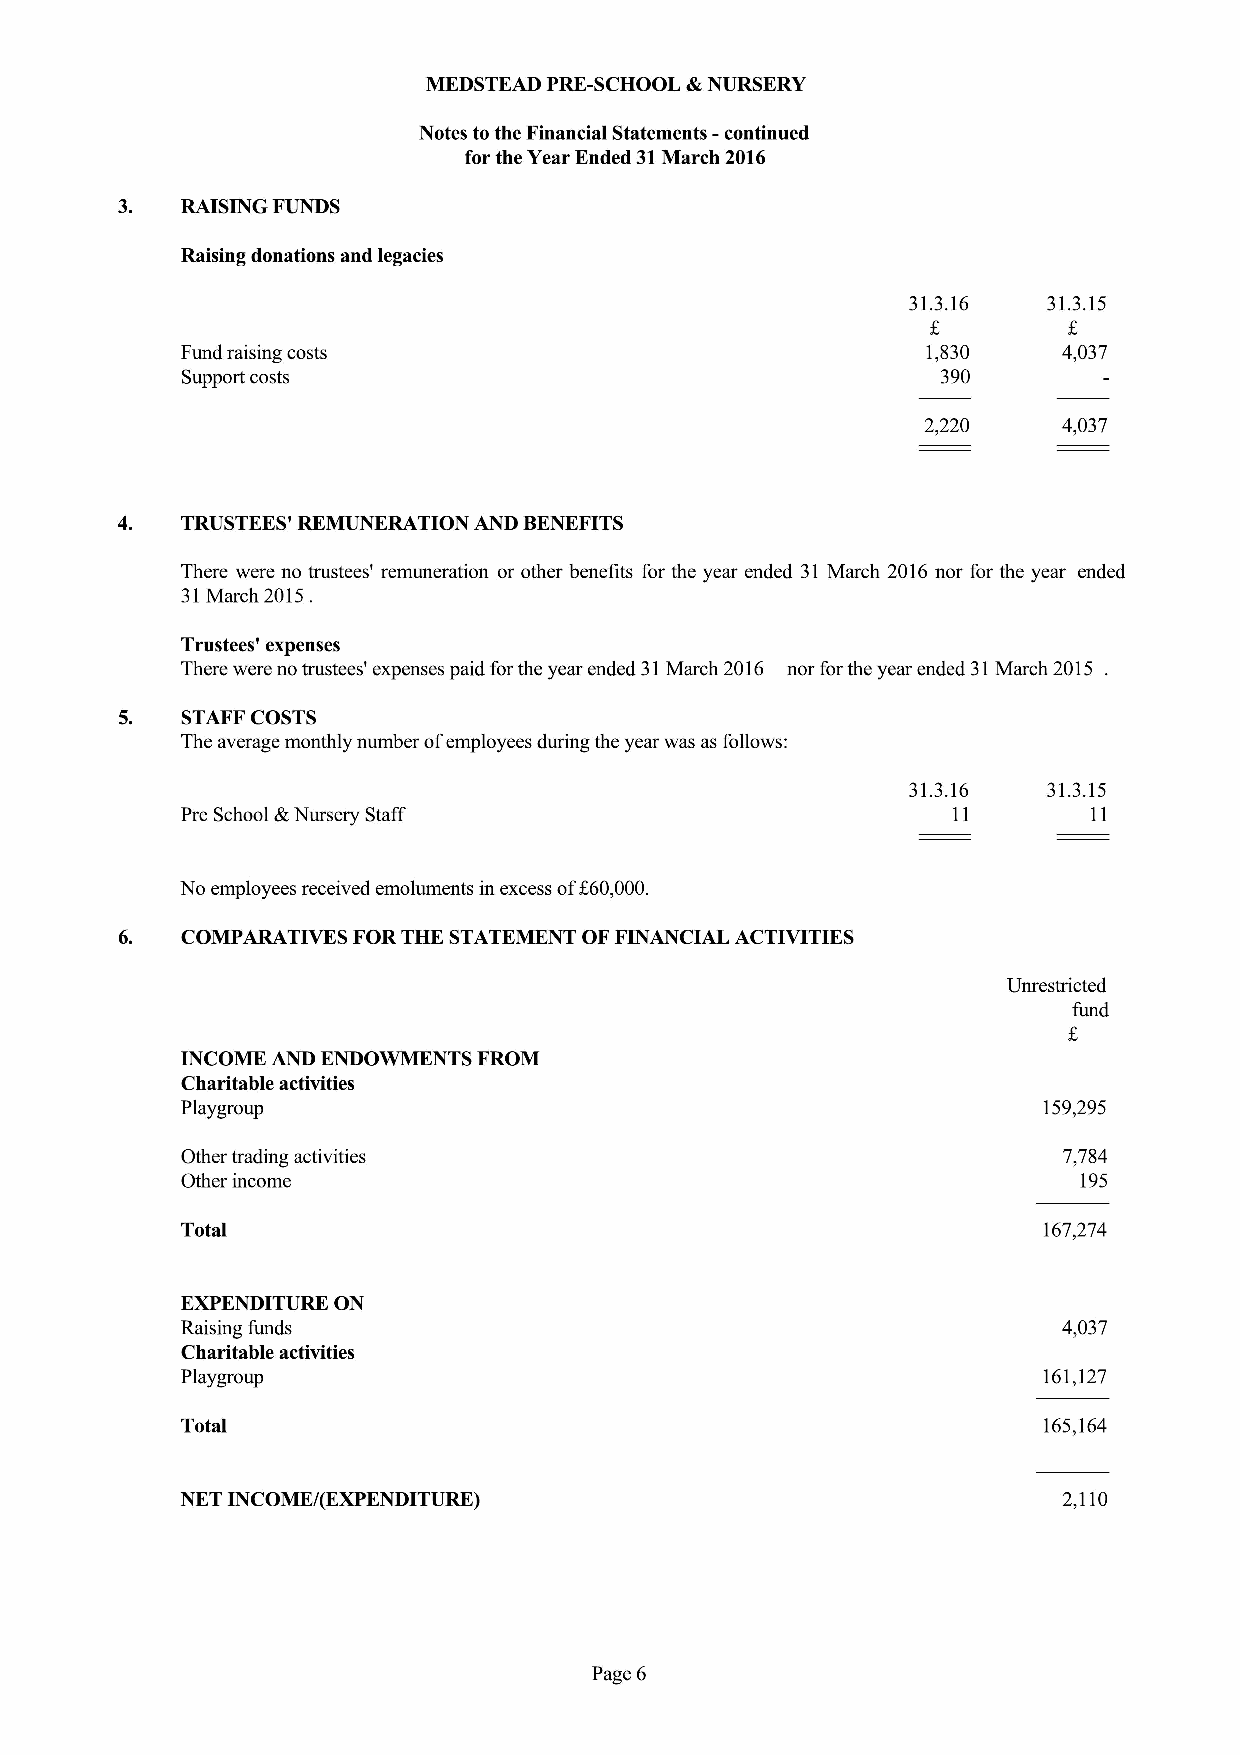
MEDSTEAD PRE-SCHOOL &NURSERY
 Notes tothe Financial Statements —continued
 for the Year Ended 31March 2016
 3.  RAISING FUNDS
 Raising donations and legacies
 31.3.16  31.3.15
 Fund raising costs                               1,830    4,037
 Support costs                                     390
 2,220    4,037
 4.  TRUSTEES' REMUNERATION AND BENEFITS
 There were no trustees' remuneration or other benefits for the year ended 31 March 2016 nor for the year ended
 31March 2015.
 Trustees' expenses
 There were no trustees' expenses paid forthe year ended 31March 2016 nor for the year ended 31March 2015
 STAFF COSTS
 The average monthly number ofemployees during the year was as follows:
 31.3.16  31.3.15
 Pre School &Nursery Staff                          11       11
 No employees received emoluments in excess off60,000.
 6.  COMPARATIVES FORTHE STATEMENT OFFINANCIAL ACTIVITIES
 Unrestricted
 fund
 INCOME AND ENDOWMENTS FROM
 Charitable activities
 Playgroup                                                159,295
 Other trading activities                                  7,784
 Other income                                                195
 Total                                                    167,274
 EXPENDITURE ON
 Raising funds                                             4,037
 Charitable activities
 Playgroup                                                161,127
 Total                                                    165,164
 NET INCOME/(EXPENDITURE)                                  2,110
 Page 6